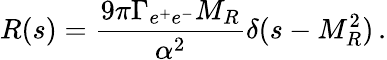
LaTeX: R(s)=\frac{9\pi\Gamma_{e^{+}e^{-}}M_{R}}{\alpha^{2}}\delta(s-M_{R}^{2})\, .